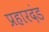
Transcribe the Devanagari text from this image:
प्रहारदंड